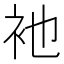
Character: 衪